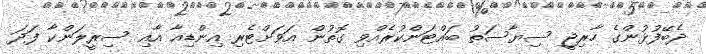
ދެބޭފުޅުންގެ ހާރިޖީ ސިޔާސަތު ބައްޓަންކުރެއްވި ގޮތުން އަވަށްޓެރި އިންޑިއާ އާއި ސިރީލަންކާ ފަދަ